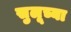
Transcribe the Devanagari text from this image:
सुलूच्या